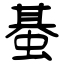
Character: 蜝